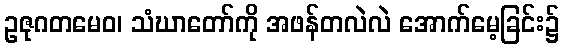
ဥဇုဂတမေဝ၊ သံဃာတော်ကို အဖန်တလဲလဲ အောက်မေ့ခြင်း၌